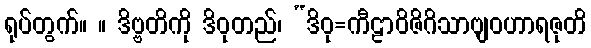
ရုပ်တွက်။ ။ ဒိဗ္ဗတိကို ဒိဝုတည်၊ “ဒိဝု=ကီဠာဝိဇိဂိသာဗျဝဟာရဇုတိ